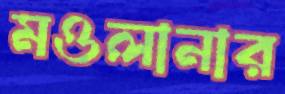
মওলানার